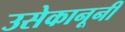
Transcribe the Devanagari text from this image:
उसेकानूनी